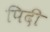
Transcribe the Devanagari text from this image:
पिदी